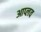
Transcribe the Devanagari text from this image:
आप्लव